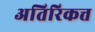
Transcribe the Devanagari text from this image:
अतिरिकत्त